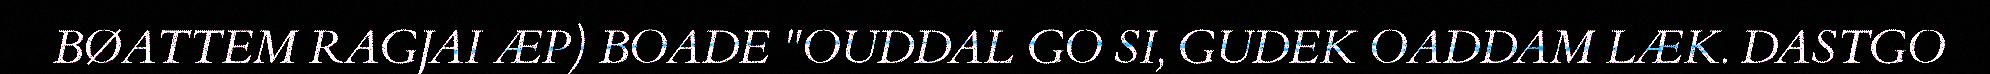
BØATTEM RAGJAI ÆP) BOADE "OUDDAL GO SI, GUDEK OADDAM LÆK. DASTGO